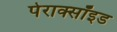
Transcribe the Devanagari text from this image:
पेराक्सॉइड